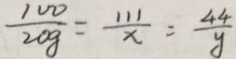
\frac { 1 0 0 } { 2 0 g } = \frac { 1 1 1 } { x } = \frac { 4 4 } { y }